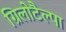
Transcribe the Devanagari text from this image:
ग्रिलोटैल्पा